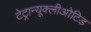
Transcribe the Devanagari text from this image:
टेट्रान्यूक्लीओटिड